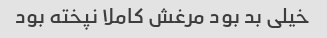
خیلی بد بود مرغش کاملا نپخته بود